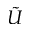
\tilde { U }